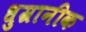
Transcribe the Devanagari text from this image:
धुम्रानीक